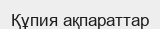
Құпия ақпараттар